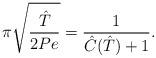
LaTeX: \begin{align*}\pi \sqrt{\frac{\hat{T}}{2Pe}} = \frac{1}{\hat{C}(\hat{T})+1}.\end{align*}